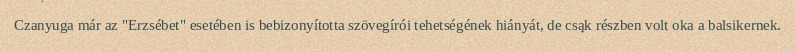
Czanyuga már az "Erzsébet" esetében is bebizonyította szövegírói tehetségének hiányát, de csak részben volt oka a balsikernek.